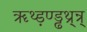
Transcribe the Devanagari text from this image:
ॠथ्ड़ण्ड्ढथ्र्न्र्